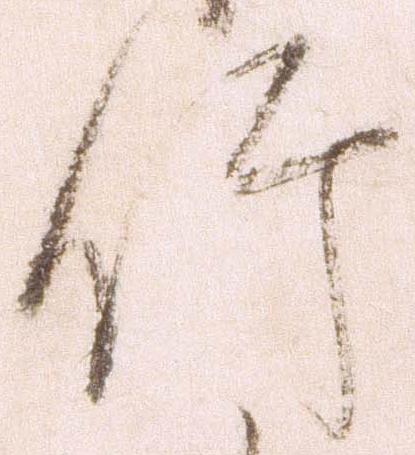
竹